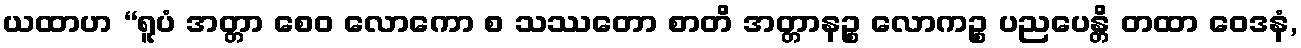
ယထာဟ “ရူပံ အတ္တာ စေဝ လောကော စ သဿတော စာတိ အတ္တာနဉ္စ လောကဉ္စ ပညပေန္တိ တထာ ဝေဒနံ,